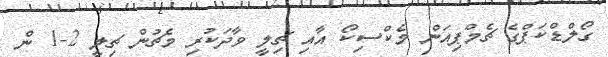
ގޯލްޑްކަޕްގެ ޗެމްޕިއަން މެކްސިކޯ އާއި ޗިލީ ވާދަކުރި މެޗުން ޗިލީ 2-1 ން